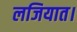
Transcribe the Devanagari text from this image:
लजियात।